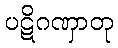
ပဋိဂဏှာတု